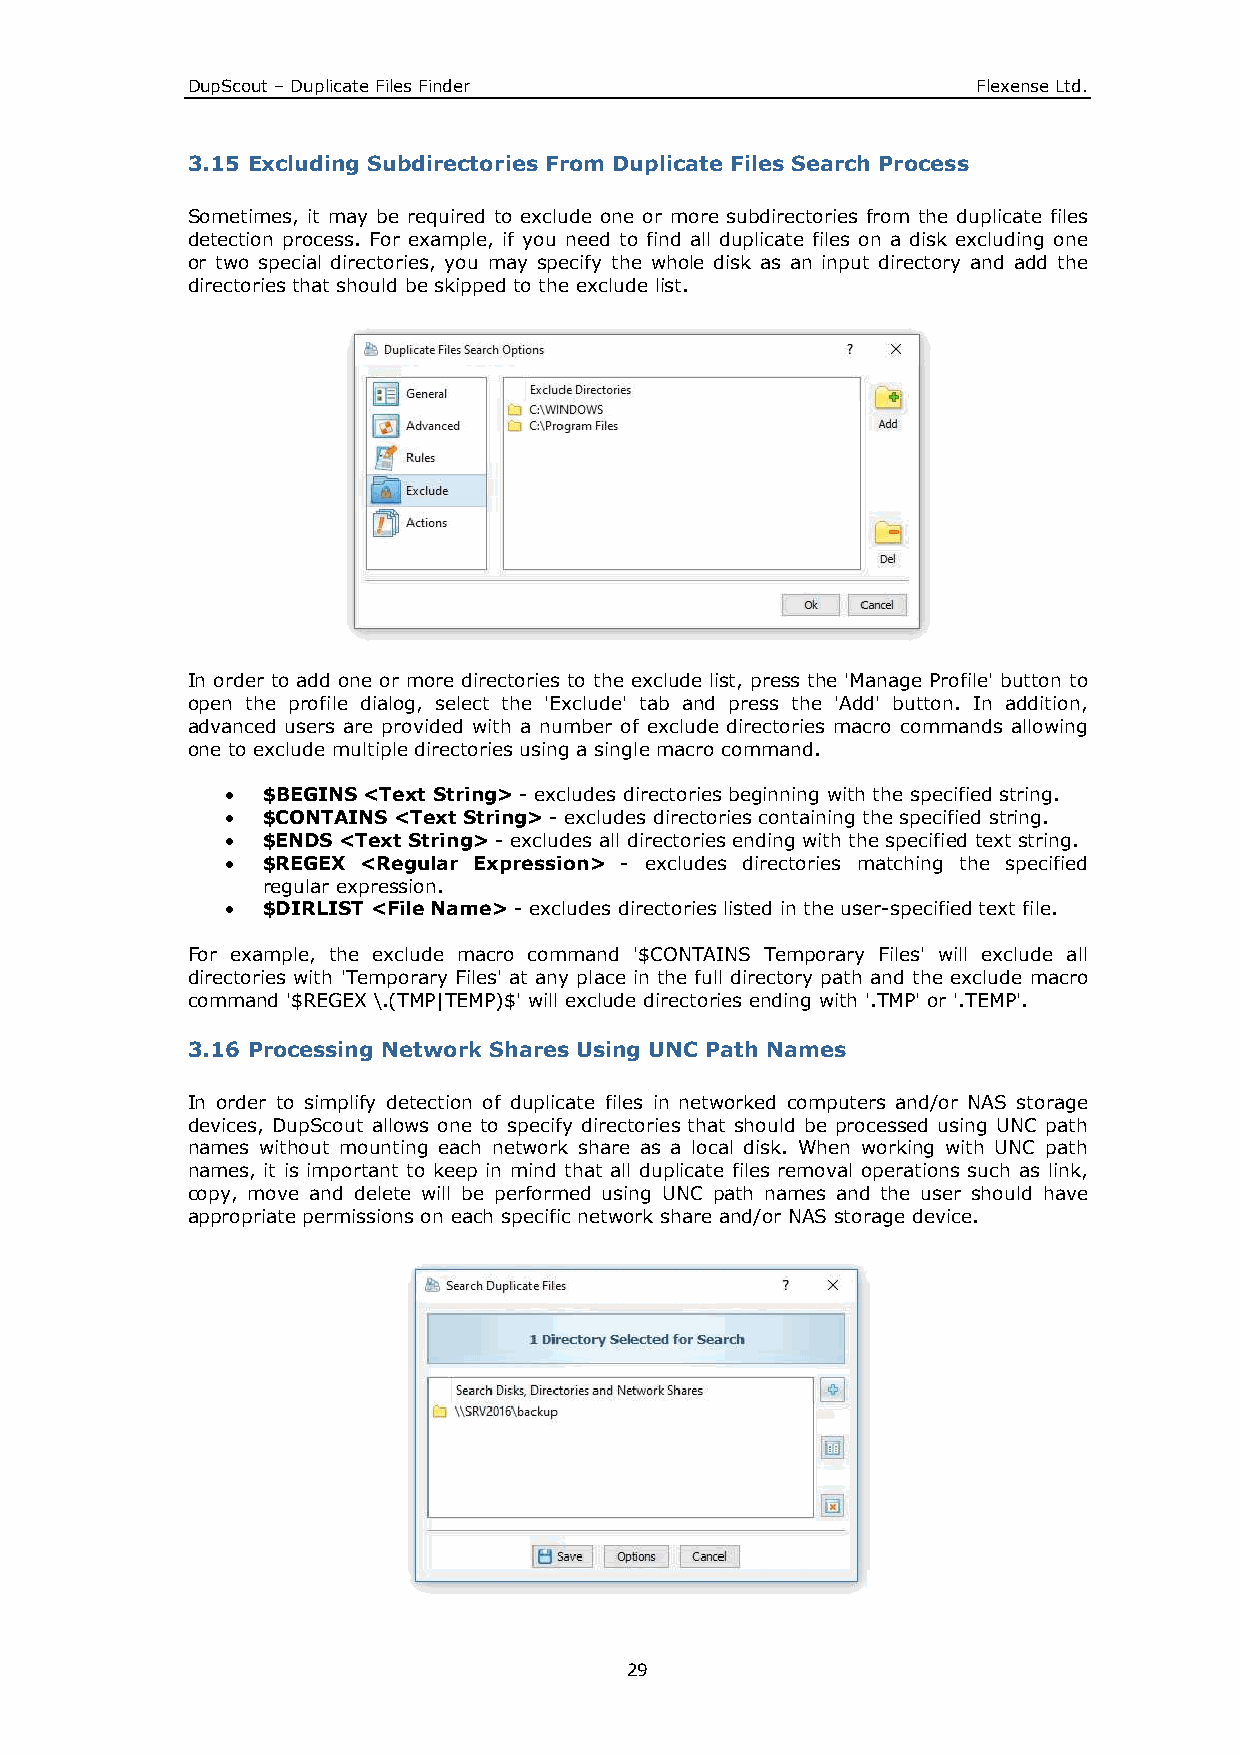
DupScout – Duplicate Files Finder                    Flexense Ltd.
 3.15 Excluding Subdirectories From Duplicate Files Search Process
 Sometimes, it may be required to exclude one or more subdirectories from the duplicate files
 detection process. For example, if you need to find all duplicate files on a disk excluding one
 or two special directories, you may specify the whole disk as an input directory and add the
 directories that should be skipped to the exclude list.
 In order to add one or more directories to the exclude list, press the 'Manage Profile' button to
 open the profile dialog, select the 'Exclude' tab and press the 'Add' button. In addition,
 advanced users are provided with a number of exclude directories macro commands allowing
 one to exclude multiple directories using a single macro command.
 • $BEGINS <Text String> - excludes directories beginning with the specified string.
 • $CONTAINS <Text String> - excludes directories containing the specified string.
 • $ENDS <Text String> - excludes all directories ending with the specified text string.
 • $REGEX <Regular Expression> - excludes directories matching the specified
 regular expression.
 • $DIRLIST <File Name> - excludes directories listed in the user-specified text file.
 For example, the exclude macro command '$CONTAINS Temporary Files' will exclude all
 directories with 'Temporary Files' at any place in the full directory path and the exclude macro
 command '$REGEX \.(TMP|TEMP)$' will exclude directories ending with '.TMP' or '.TEMP'.
 3.16 Processing Network Shares Using UNC Path Names
 In order to simplify detection of duplicate files in networked computers and/or NAS storage
 devices, DupScout allows one to specify directories that should be processed using UNC path
 names without mounting each network share as a local disk. When working with UNC path
 names, it is important to keep in mind that all duplicate files removal operations such as link,
 copy, move and delete will be performed using UNC path names and the user should have
 appropriate permissions on each specific network share and/or NAS storage device.
 29